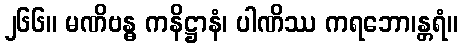
၂၆၆။ မဏိဗန္ဓ ကနိဋ္ဌာနံ၊ ပါဏိဿ ကရဘော၊န္တရံ။